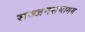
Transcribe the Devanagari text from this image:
सज्जनसमागम